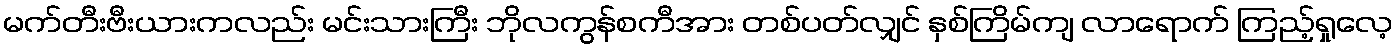
မက်တီးဗီးယားကလည်း မင်းသားကြီး ဘိုလကွန်စကီအား တစ်ပတ်လျှင် နှစ်ကြိမ်ကျ လာရောက် ကြည့်ရှုလေ့